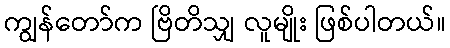
ကျွန်တော်က ဗြိတိသျှ လူမျိုး ဖြစ်ပါတယ်။